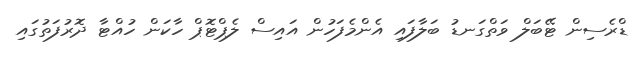
ޑްރެސިން ޓޭބަލް ވަތްގަނޑު ބަލާފައި އެންމެފަހުން އައިސް ލެޕްޓޮޕް ހާކަން ހުއްޓާ ދޮރުފަތުގައި